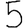
Digit: 5